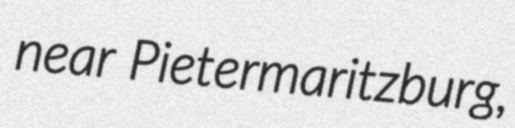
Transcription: near Pietermaritzburg,